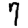
Digit: 7